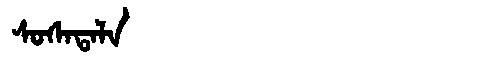
Manchu: ᠰᠣᠰᠠᡨᠠᠯᠠ
Romanization: SOSATALA